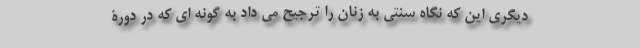
دیگری این که نگاه سنتی به زنان را ترجیح می داد به گونه ای که در دورۀ